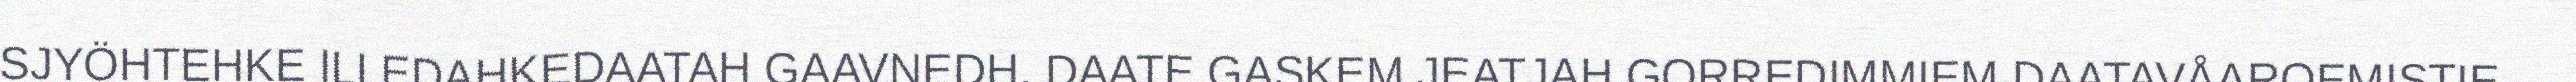
SJYÖHTEHKE ILLEDAHKEDAATAH GAAVNEDH. DAATE GASKEM JEATJAH GORREDIMMIEM DAATAVÅAROEMISTIE